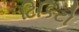
ટિકિટો